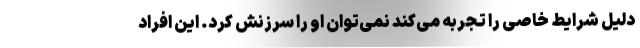
دلیل شرایط خاصی را تجربه می‌کند نمی‌توان او را سرزنش کرد. این افراد